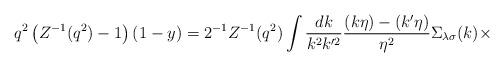
LaTeX: \begin{align*}q^2\left(Z^{-1}(q^2)-1\right)(1-y) = 2^{-1}Z^{-1}(q^2)\int\frac{dk}{k^2k'^2}\frac{(k\eta)-(k'\eta)}{\eta^2}\Sigma_{\lambda\sigma}(k)\times\end{align*}